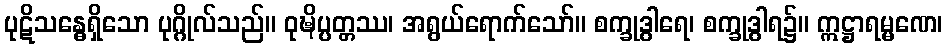
ပုဋိသန္ဓေရှိသော ပုဂ္ဂိုလ်သည်။ ဝုဍ္ဎိပ္ပတ္တဿ၊ အရွယ်ရောက်သော်။ စက္ခုဒွါရေ၊ စက္ခုဒွါရ၌။ ဣဋ္ဌာရမ္မဏေ၊